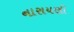
નારાયણી